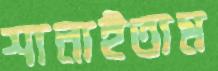
শানাইতাম